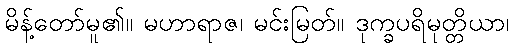
မိန့်တော်မူ၏။ မဟာရာဇ၊ မင်းမြတ်။ ဒုက္ခပရိမုတ္တိယာ၊